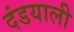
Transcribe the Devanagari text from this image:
दंडयाली